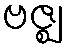
ဗဇ္ဈ